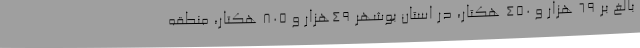
بالغ بر 69 هزار و 450 هکتار، در استان بوشهر 49هزار و 805 هکتار، منطقه